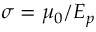
\sigma = \mu _ { 0 } / E _ { p }